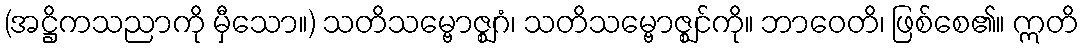
(အဋ္ဌိကသညာကို မှီသော။) သတိသမ္ဗောဇ္ဈဂံ၊ သတိသမ္ဗောဇ္ဈင်ကို။ ဘာဝေတိ၊ ဖြစ်စေ၏။ ဣတိ